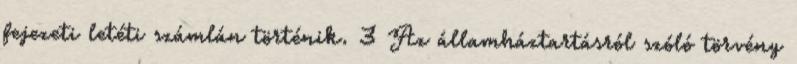
fejezeti letéti számlán történik. 3 Az államháztartásról szóló törvény